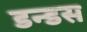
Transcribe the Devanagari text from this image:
डन्डस